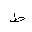
Letter: _da